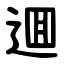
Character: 逥